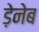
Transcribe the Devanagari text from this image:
ड़ेनेब